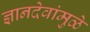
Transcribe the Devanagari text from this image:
ज्ञानदेवांमुळे